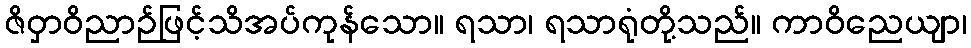
ဇိဝှာဝိညာဉ်ဖြင့်သိအပ်ကုန်သော။ ရသာ၊ ရသာရုံတို့သည်။ ကာဝိညေယျာ၊